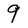
Character: 9